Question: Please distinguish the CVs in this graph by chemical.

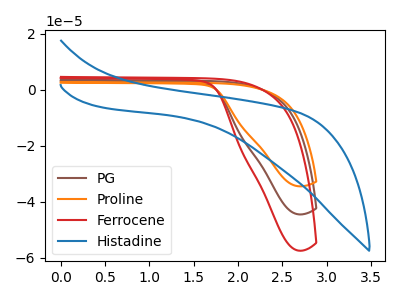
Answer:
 <answer>The brown curve is labeled "PG". The orange curve is labeled "Proline". The red curve is labeled "Ferrocene". The blue curve is labeled "Histadine".</answer>
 <eval></eval>